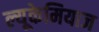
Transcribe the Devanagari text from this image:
ल्यूकेमियाज